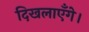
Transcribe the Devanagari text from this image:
दिखलाएँगे।